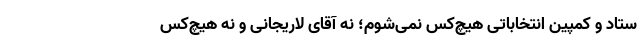
ستاد و کمپین انتخاباتی هیچ‌کس نمی‌شوم؛ نه آقای لاریجانی و نه هیچ‌کس